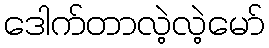
ဒေါက်တာလဲ့လဲ့မော်